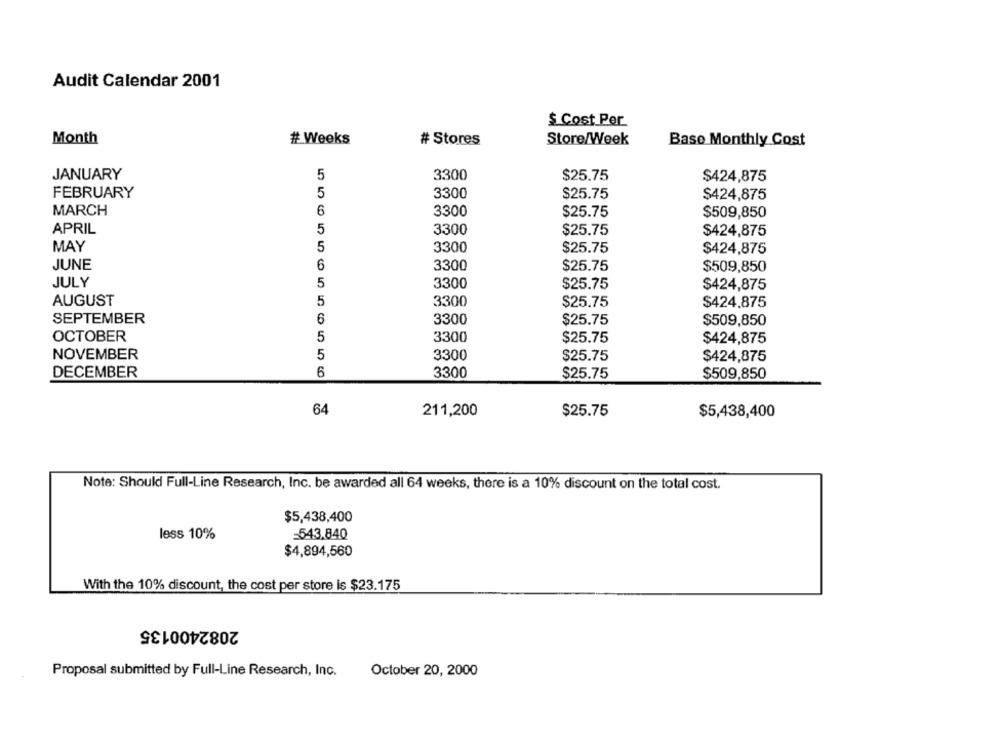
Audit Calendar 2001
$ Cost Per
Month
# Weeks
# Stores
Store/Week
Base Monthly Cost
JANUARY
5
3300
$25.75
$424,875
FEBRUARY
3300
$25.75
5
$424,875
MARCH
6
3300
$25.75
$509,850
APRIL
5
3300
$25.75
$424,875
MAY
5
3300
$25.75
$424,875
JUNE
6
3300
$25.75
$509,850
JULY
5
3300
$25.75
$424,875
AUGUST
5
3300
$25.75
$424.875
SEPTEMBER
6
3300
$25.75
$509,850
OCTOBER
5
3300
$25.75
$424,875
NOVEMBER
5
3300
$25.75
$424,875
DECEMBER
6
3300
$25.75
$509,850
64
211,200
$25.75
$5,438,400
Note: Should Full-Line Research, Inc. be awarded all 64 weeks, there is a 10% discount on the total cost.
$5,438,400
less 10%
=543,840
$4,894,560
With the 10% discount, the cost per store is $23.175
2082400135
Proposal submitted by Full-Line Research, Inc.
October 20, 2000